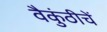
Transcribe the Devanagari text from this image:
वैकुंठीचें